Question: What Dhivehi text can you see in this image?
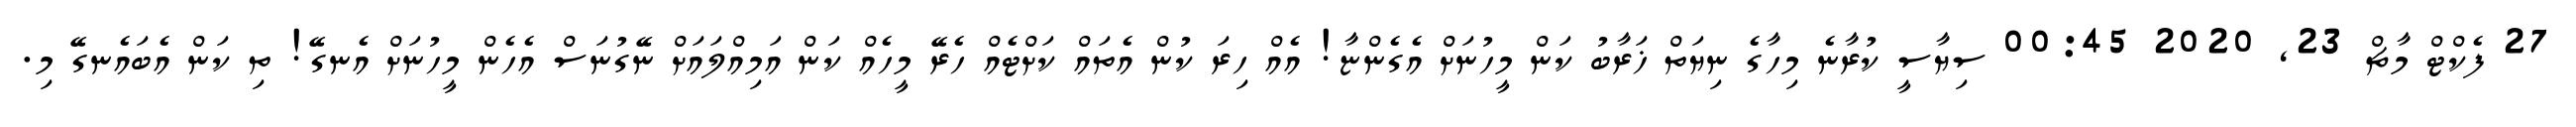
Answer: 27 ފެކްޓް މާޗް 23, 2020 00:45 ސިޔާސީ ކުރާނެ މިހާގެ ނިޔަތް ޚަރާބު ކަން މީހުނަށް އެގެންޏާ! އެއް ހިރަ ކުން އެތައް ކަށްޓެއް ހެރޭ މީހެއް ކަން އަމިއްލައަށް ނޭގުނަސް އެހެން މީހުނަށް އެނގޭ! ތި ކަން އެބައެނގޭ މި.